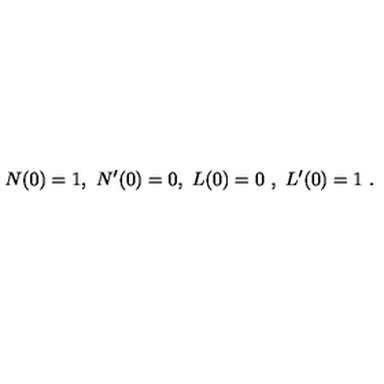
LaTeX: N ( 0 ) = 1 , \ N ^ { \prime } ( 0 ) = 0 , \ L ( 0 ) = 0 \ , \ L ^ { \prime } ( 0 ) = 1 \ .